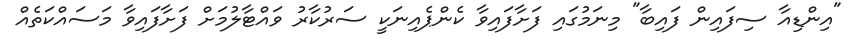
"އިންޑިއާ ސިފައިން ފައިބާ" މިނަމުގައި ފަށާފައިވާ ކެންޕެއިނަކީ ސަރުކާރު ވައްޓާލުމަށް ފަށާފައިވާ މަސައްކަތެއް